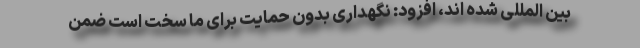
بین المللی شده اند، افزود: نگهداری بدون حمایت برای ما سخت است ضمن